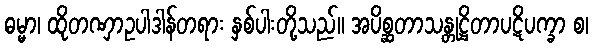
ဓမ္မာ၊ ထိုတဏှာဥပါဒါန်တရား နှစ်ပါးတို့သည်။ အပိစ္ဆတာသန္တုဋ္ဌိတာပဋိပက္ခာ စ၊